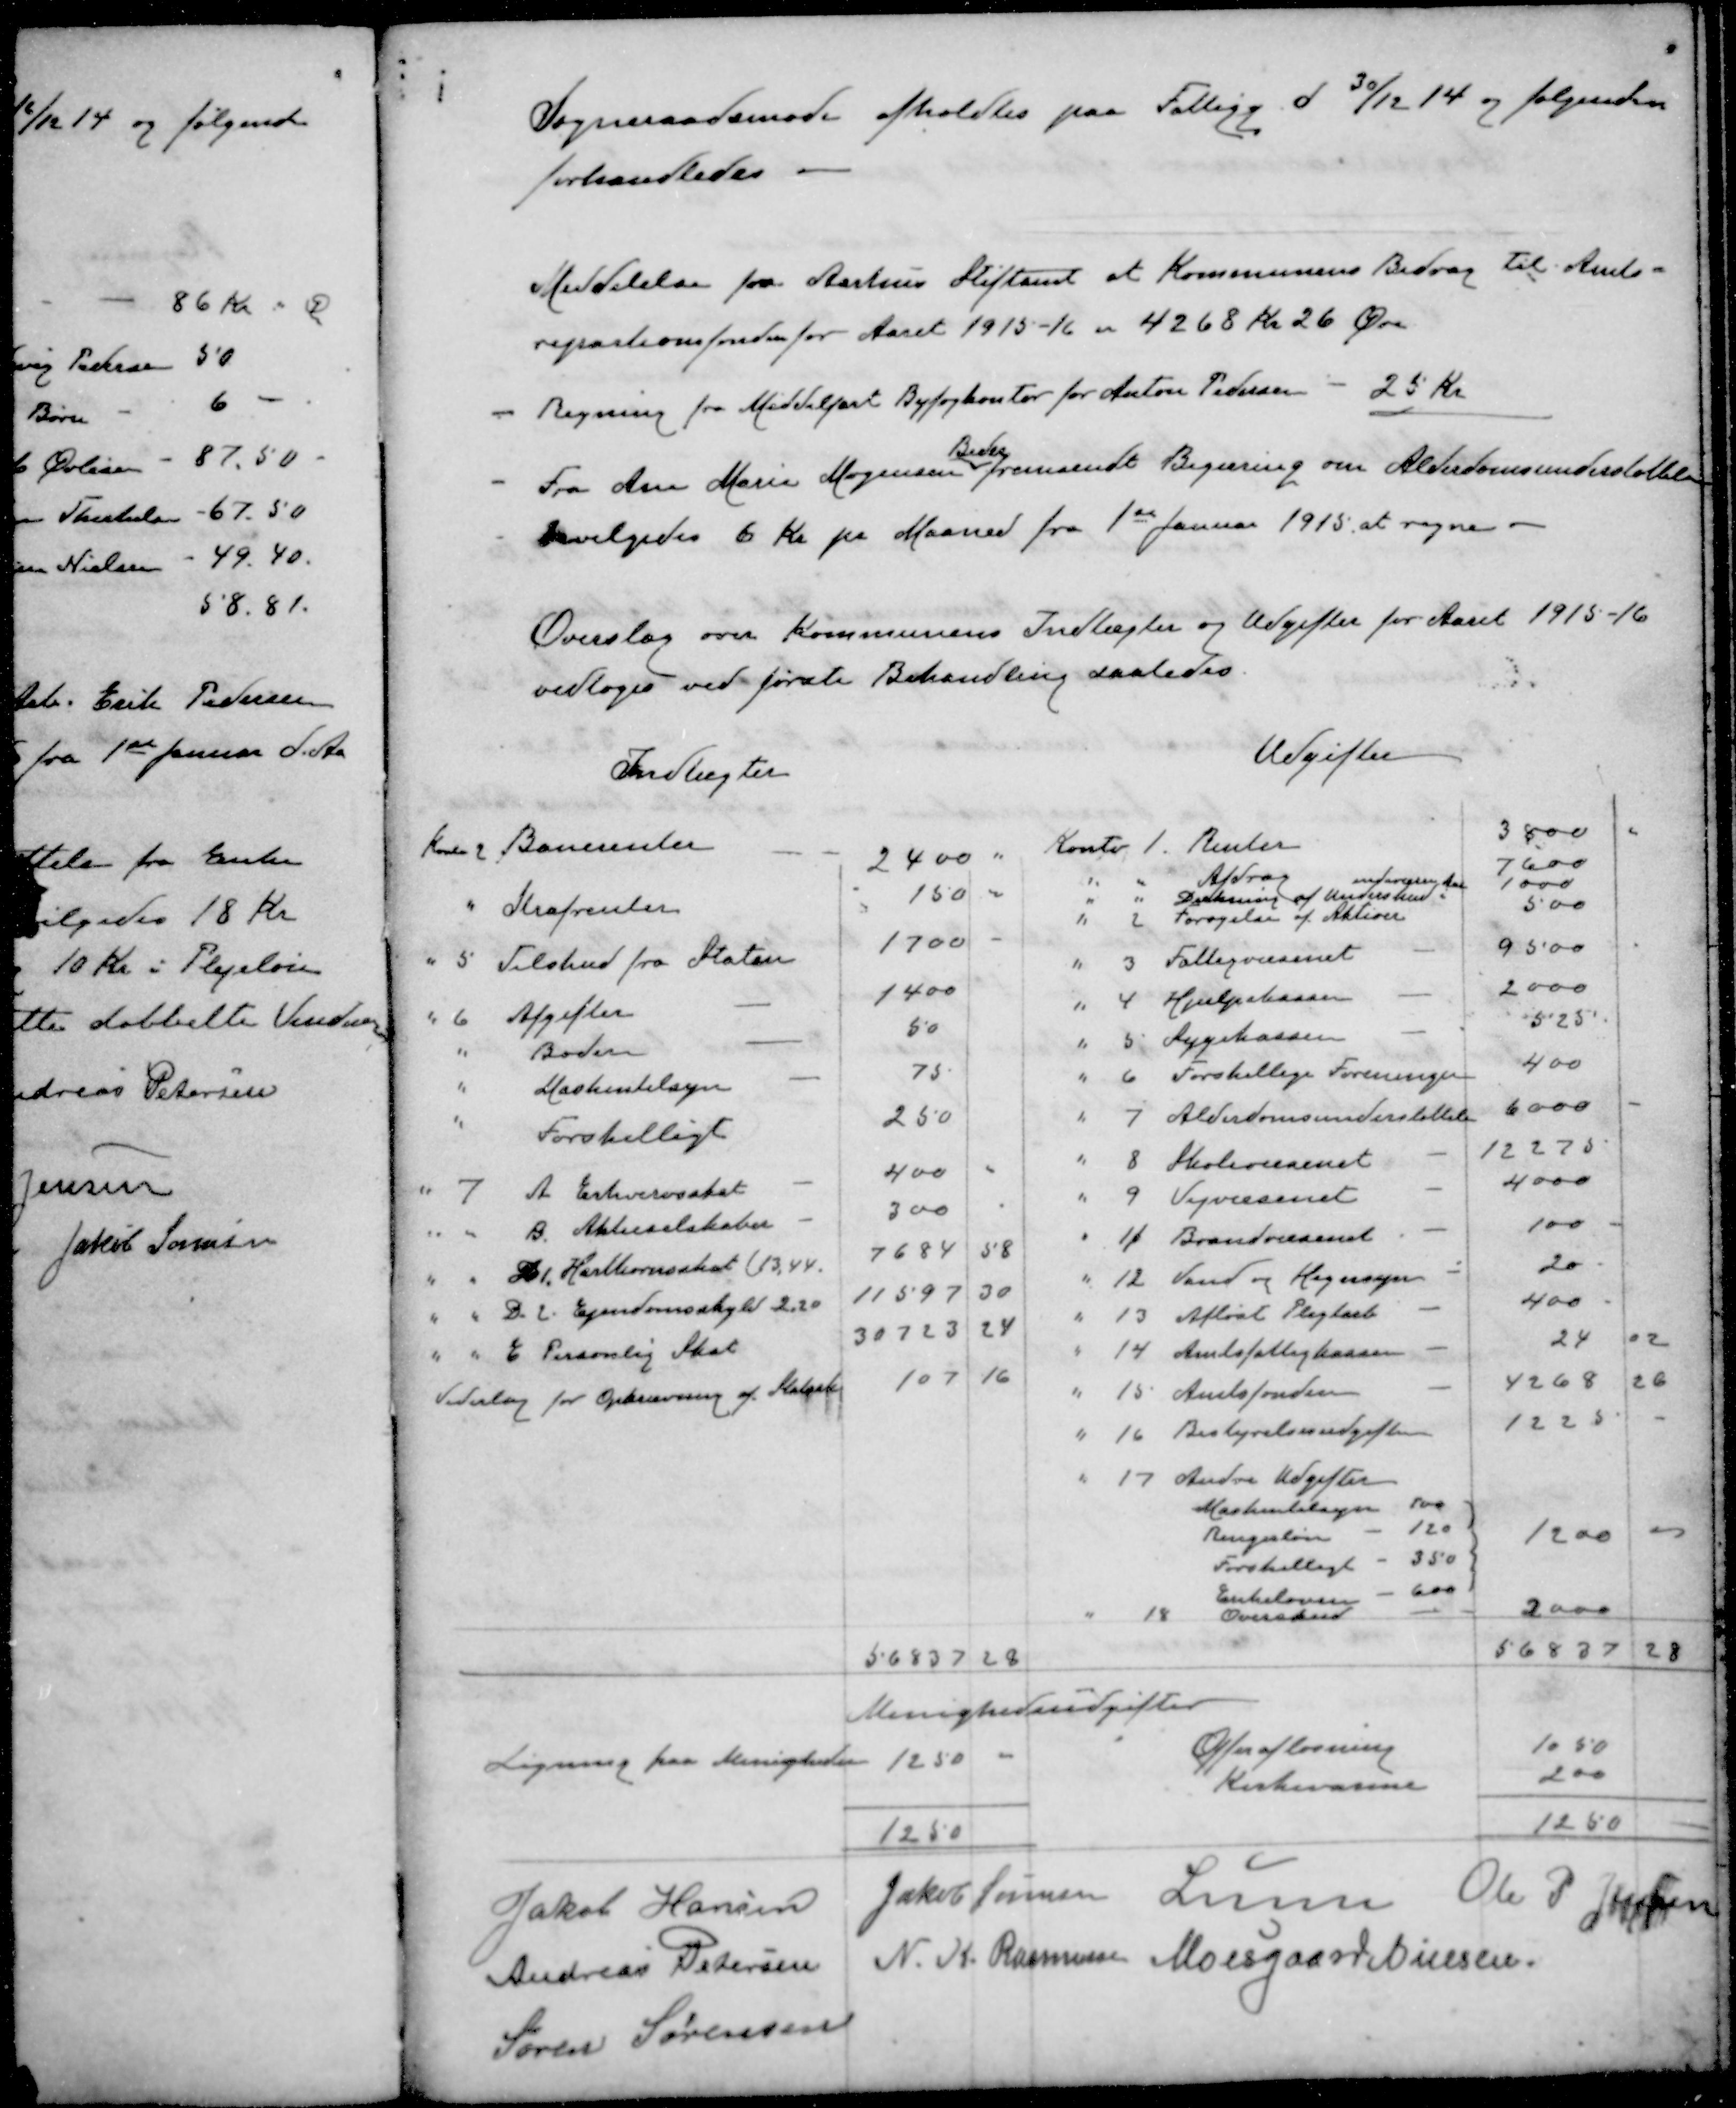
Transskription:
Sogneraadet afholdte Møde paa Fattigg d 30/12 14 og følgende
forhandledes
MeddelelsefraAarhus Stiftamt at Kommunens Bidrag til Amts-
repartionsfonden for Aaret 1915-16 er 4268 Kr 26 Øre
- Regning fra Middelfart Byfogkontor for Anton Pedersen - 25 Kr
Beder
- Fra Ane Marie Mogensen fremsendt Begæring om Alderdomsunderstøttelse
Bevilgedes 6 Kr pr Maaned fra 1ste Januar 1915 at regne

Overslag over Kommunens Indtægter og Udgifter for Aaret 1915-16
vedtoges ved første Behandling saaledes

Indtægter
Udgifter

Jakob Hansen
Jakob Sørensen
Lunn
Ole P Jensen
Andreas Pedersen
N K Rasmussen
Moesgaard Nielsen
Søren Sørensen